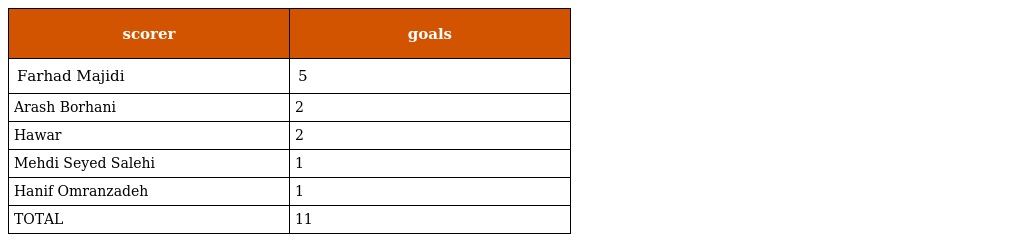
| scorer | goals |
 | --- | --- |
 | Farhad Majidi | 5 |
 | Arash Borhani | 2 |
 | Hawar | 2 |
 | Mehdi Seyed Salehi | 1 |
 | Hanif Omranzadeh | 1 |
 | TOTAL | 11 |